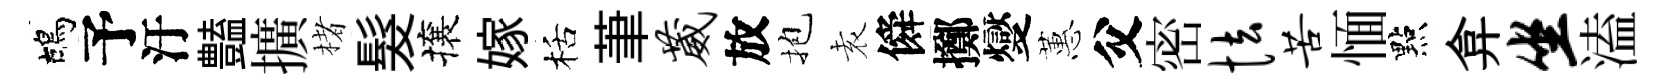
鴣予汙𧰟擴楮髮攘嫁栝茟葳放抱𡊮僢擲燮蕙父密怯苦愐點弇坐溘